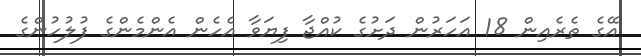
އޭގެ ތެރެއިން 18 އަހަރުން ދަށުގެ ކުއްޖާ ފިޔަވާ އެހެން އެންމެންގެ ފުލުހުންގެ